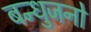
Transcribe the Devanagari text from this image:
बन्धुजनो